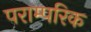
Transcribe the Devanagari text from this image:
पराम्परिक